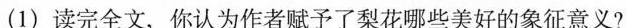
(1)读完全文，你认为作者赋予了梨花哪些美好的象征意义?